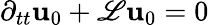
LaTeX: \partial_{tt}\mathbf{u}_{0}+\mathscr{{L}}\mathbf{u}_{0}=0